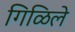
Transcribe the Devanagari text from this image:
गिळिले